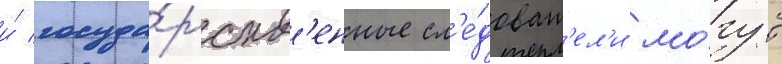
и́ госуда́рств'енные сл'е́доват'ел'и мо́гут